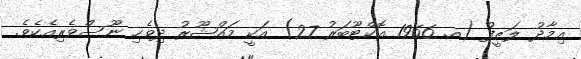
އިމާދު ލަޠީފު (އ. 1966 އޮކްޓޫބަރު 27) އަކީ މައްޝޫރު ދިވެހި ނޫސްވެރިއެކެވެ.